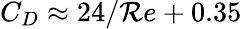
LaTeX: C_{D}\approx24/\mathcal{R}e+0.35